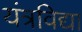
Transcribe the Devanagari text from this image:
यंत्रविद्या